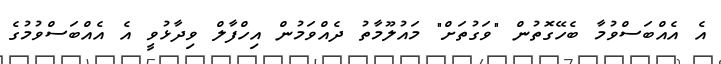
އެ އެއްބަސްވުމާ ބެހޭގޮތުން "ވަގުތަށް" މައުލޫމާތު ދެއްވަމުން އިހްފާލް ވިދާޅުވީ އެ އެއްބަސްވުމުގެ